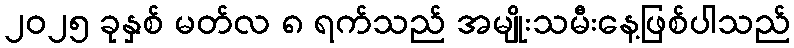
၂၀၂၅ ခုနှစ် မတ်လ ၈ ရက်သည် အမျိုးသမီးနေ့ဖြစ်ပါသည်